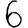
Digit: 6